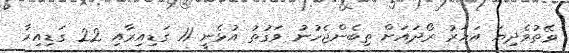
ވޭތުވެދިޔަ އަހަރު ރޯދައަށް ތިބެންޖެހުނު ވަގުތު އުޅެނީ 11 ގަޑިއިރާއި 22 ގަޑިއިރާ